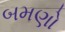
બમણો